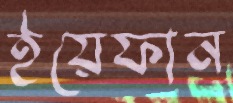
ইয়েফান